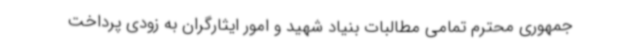
جمهوری محترم تمامی مطالبات بنیاد شهید و امور ایثارگران به زودی پرداخت